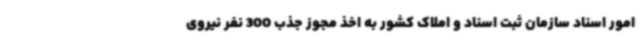
امور اسناد سازمان ثبت اسناد و املاک کشور به اخذ مجوز جذب 300 نفر نیروی